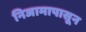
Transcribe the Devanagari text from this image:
निजामापासून